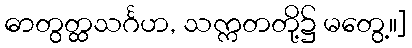
ဓာတွတ္ထသင်္ဂဟ, သက္ကတတို့၌ မတွေ့။]